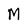
Character: M